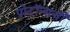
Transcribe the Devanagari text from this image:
प्रोटॉन्सची